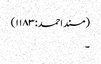
(مسند احمد:۱۱۸۳)
۔